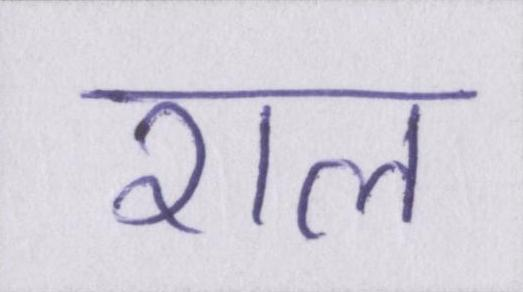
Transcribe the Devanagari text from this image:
राल